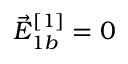
\vec { E } _ { 1 b } ^ { [ 1 ] } = 0